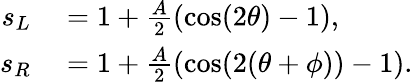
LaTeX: \begin{array}{rl}{s_{L}}&{{}=1+\frac{A}{2}\left(\cos(2\theta)-1\right),}\\ {s_{R}}&{{}=1+\frac{A}{2}\left(\cos(2(\theta+\phi))-1\right).}\end{array}